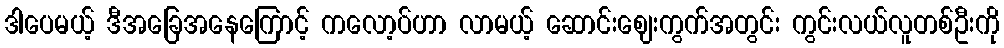
ဒါပေမယ့် ဒီအခြေအနေကြောင့် ကလော့ပ်ဟာ လာမယ့် ဆောင်းဈေးကွက်အတွင်း ကွင်းလယ်လူတစ်ဦးကို